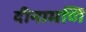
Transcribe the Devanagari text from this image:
दीनामणि